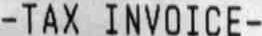
-TAX INVOICE-